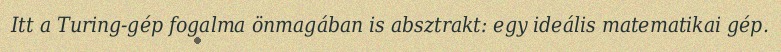
Itt a Turing-gép fogalma önmagában is absztrakt: egy ideális matematikai gép.